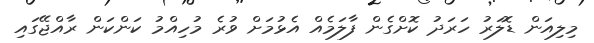
މިލިއަން ޑޮލަރު ހަރަދު ކޮށްގެން ފާލަމެއް އެޅުމަށް ވުރެ މުހިއްމު ކަންކަން ރާއްޖޭގައި